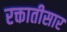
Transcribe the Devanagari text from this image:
रक्तातीसार